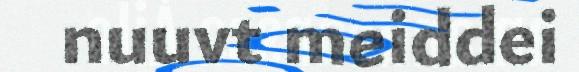
nuuvt meiddei